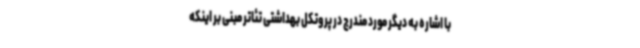
با اشاره به دیگر مورد مندرج در پروتکل بهداشتی تئاتر مبنی بر اینکه